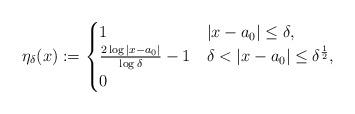
LaTeX: \begin{align*} \eta_\delta (x):= \begin{cases} 1 & |x - a_0| \leq \delta, \\ \frac{2 \log|x- a_0|}{\log \delta } - 1 & \delta <|x - a_0| \leq \delta^\frac{1}{2},\\ 0 & \end{cases}\end{align*}